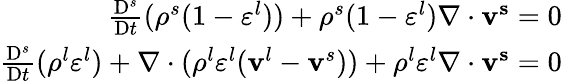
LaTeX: \begin{array}{r}{\frac{\mathrm{D}^{s}}{\mathrm{D}t}(\rho^{s}(1-\varepsilon^{l}))+\rho^{s}(1-\varepsilon^{l})\nabla\cdot\mathbf{v^{s}}=0}\\ {\frac{\mathrm{D}^{s}}{\mathrm{D}t}(\rho^{l}\varepsilon^{l})+\nabla\cdot(\rho^{l}\varepsilon^{l}(\mathbf{v}^{l}-\mathbf{v}^{s}))+\rho^{l}\varepsilon^{l}\nabla\cdot\mathbf{v^{s}}=0}\end{array}